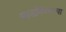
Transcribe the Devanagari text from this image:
साडविण्याचा